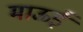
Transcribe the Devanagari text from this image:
माऊई